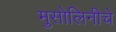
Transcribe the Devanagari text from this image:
मुसोलिनीचे